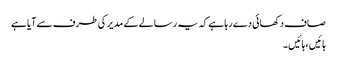
صاف دکھائی دے رہا ہے کہ یہ رسالے کے مدیر کی طرف سے آیا ہے
ہائیں ، ہائیں ۔